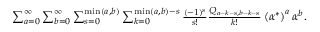
\begin{array} { r } { \sum _ { a = 0 } ^ { \infty } \sum _ { b = 0 } ^ { \infty } \sum _ { s = 0 } ^ { \operatorname* { m i n } ( a , b ) } \sum _ { k = 0 } ^ { \operatorname* { m i n } ( a , b ) - s } \frac { ( - 1 ) ^ { s } } { s ! } \frac { Q _ { a - k - s , b - k - s } } { k ! } \left( { \alpha ^ { * } } \right) ^ { a } \alpha ^ { b } . } \end{array}